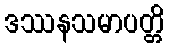
ဒဿနသမာပတ္တိ